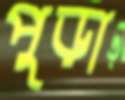
পুড়া